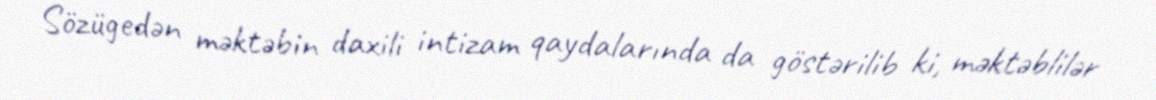
Sözügedən məktəbin daxili intizam qaydalarında da göstərilib ki, məktəblilər